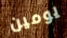
يومين